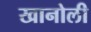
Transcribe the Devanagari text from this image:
खानोली